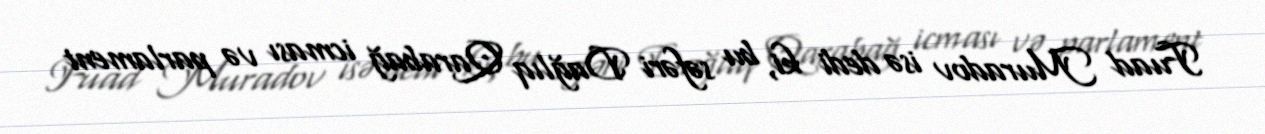
Fuad Muradov isə dedi ki, bu səfəri Dağlıq Qarabağ icması və parlament